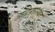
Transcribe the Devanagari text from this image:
आंध्रसारस्वत